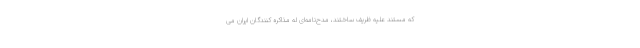
که مستند علیه ظریف ساختند، مدح‌نامه‌ای له مذاکره کنندگان ایران می